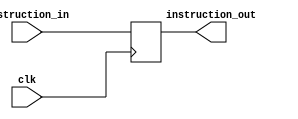
module FD_Buffer (instruction_in,clk,instruction_out);
input [15:0]instruction_in;
input clk;
output reg [15:0]instruction_out;

always @(posedge clk)
begin
instruction_out = instruction_in;
end
endmodule